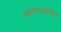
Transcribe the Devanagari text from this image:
आदिपर्वातील